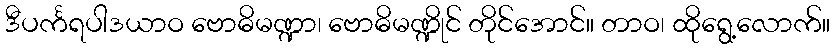
ဒီပင်္ကရပါဒယာဝ ဗောဓိမဏ္ဍာ၊ ဗောဓိမဏ္ဍိုင် တိုင်အောင်။ တာဝ၊ ထိုရွေ့လောက်။